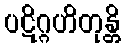
ပဋိဂ္ဂဟိတုန္တိ